Lunatic asylums Central Provinces reports 1895-1909 - 1895-1909
Year: 1895
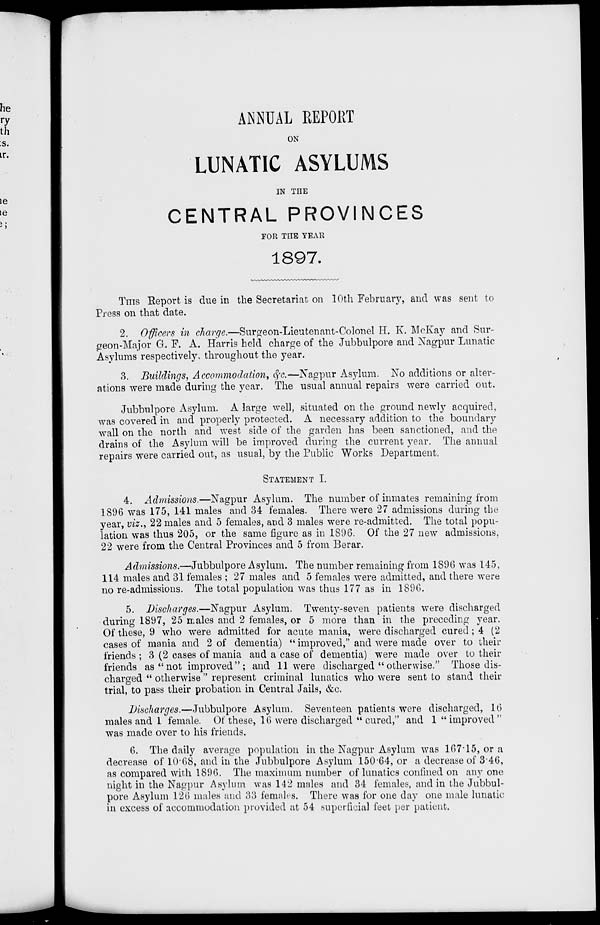
ANNUAL REPORT
ON
LUNATIC ASYLUMS
IN THE
CENTRAL PROVINCES
FOR THE YEAR
1897.
THIS Report is due in the Secretariat on 10th February, and was sent to
Press on that date.
2. Officers in charge.—Surgeon-Lieutenant-Colonel H. K. McKay and Sur-
geon-Major G. F. A. Harris held charge of the Jubbulpore and Nagpur Lunatic
Asylums respectively throughout the year.
3. Buildings, Accommodation, &c.—Nagpur Asylum. No additions or alter-
ations were made during the year. The usual annual repairs were carried out.
Jubbulpore Asylum. A large well, situated on the ground newly acquired,
was covered in and properly protected. A necessary addition to the boundary
wall on the north and west side of the garden has been sanctioned, and the
drains of the Asylum will be improved during the current year. The annual
repairs were carried out, as usual, by the Public Works Department.
STATEMENT I.
4. Admissions.—Nagpur Asylum. The number of inmates remaining from
1896 was 175, 141 males and 34 females. There were 27 admissions during the
year, viz., 22 males and 5 females, and 3 males were re-admitted. The total popu-
lation was thus 205, or the same figure as in 1896. Of the 27 new admissions,
22 were from the Central Provinces and 5 from Berar.
Admissions.—Jubbulpore Asylum. The number remaining from 1896 was 145,
114 males and 31 females ; 27 males and 5 females were admitted, and there were
no re-admissions. The total population was thus 177 as in 1896.
5. Discharges.—Nagpur Asylum. Twenty-seven patients were discharged
during 1897, 25 males and 2 females, or 5 more than in the preceding year.
Of these, 9 who were admitted for acute mania, were discharged cured; 4 (2
cases of mania and 2 of dementia) " improved," and were made over to their
friends ; 3 (2 cases of mania and a case of dementia) were made over to their
friends as "not improved"; and 11 were discharged "otherwise." Those dis-
charged " otherwise" represent criminal lunatics who were sent to stand their
trial, to pass their probation in Central Jails, &c.
Discharges.—Jubbulpore Asylum. Seventeen patients were discharged, 16
males and 1 female. Of these, 16 were discharged "cured," and 1 "improved"
was made over to his friends.
6. The daily average population in the Nagpur Asylum was 167.15, or a
decrease of 10.68, and in the Jubbulpore Asylum 150.64, or a decrease of 3.46,
as compared with 1896. The maximum number of lunatics confined on any one
night in the Nagpur Asylum was 142 males and 34 females, and in the Jubbul-
pore Asylum 126 males and 33 females. There was for one day one male lunatic
in excess of accommodation provided at 54 superficial feet per patient.